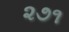
૨૭૧